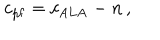
c _ { \mathrm { p f } } = c _ { \mathrm { A L A } } - n \, ,